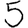
Digit: 5